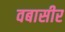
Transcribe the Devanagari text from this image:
वबासीर